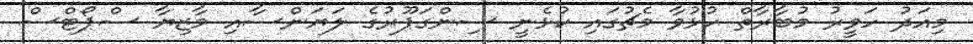
މިއަދު ހަވީރު މުބާރާތް ހުޅުވާ މެޗުގައި ކުޅެނީ ސިންގަޕޫރުގެ ލަޔަންސާއި މާޒިޔާ ސްޕޯޓްސް